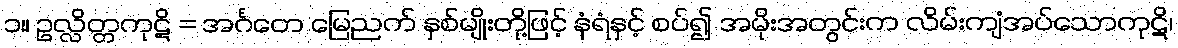
၁။ ဥလ္လိတ္တကုဋိ = အင်္ဂတေ မြေညက် နှစ်မျိုးတို့ဖြင့် နံရံနှင့် စပ်၍ အမိုးအတွင်းက လိမ်းကျံအပ်သောကုဋိ၊